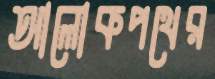
আলোকপথের